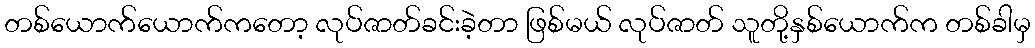
တစ်ယောက်ယောက်ကတော့ လုပ်ဇာတ်ခင်းခဲ့တာ ဖြစ်မယ် လုပ်ဇာတ် သူတို့နှစ်ယောက်က တစ်ခါမှ